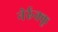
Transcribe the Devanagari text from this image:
नेर्रुक्कू